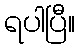
ရပါပြီ။